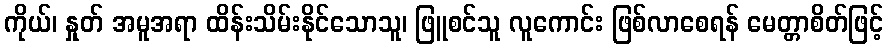
ကိုယ်၊ နှုတ် အမူအရာ ထိန်းသိမ်းနိုင်သောသူ၊ ဖြူစင်သူ လူကောင်း ဖြစ်လာစေရန် မေတ္တာစိတ်ဖြင့်